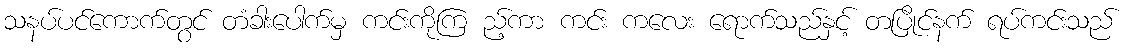
သနပ်ပင်ကောက်တွင် တံခါးပေါက်မှ ကင်းကိုကြ ည့်ကာ ကင်း ကလေး ရောက်သည်နှင့် တပြိုင်နက် ရပ်ကင်းသည်